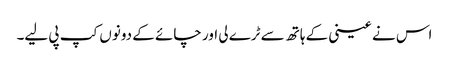
اس نے عینی کے ہاتھ سے ٹرے لی اور چائے کے دونوں کپ پی لیے۔